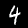
Digit: 4